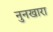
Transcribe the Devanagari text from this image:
नुनखारा